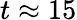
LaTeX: t\approx 15